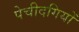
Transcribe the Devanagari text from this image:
पेचीदगियों